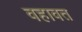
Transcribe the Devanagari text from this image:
वहावत